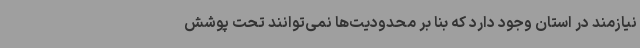
نیازمند در استان وجود دارد که بنا بر محدودیت‌ها نمی‌توانند تحت پوشش